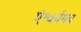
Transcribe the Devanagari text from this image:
ऐश्वर्यमय